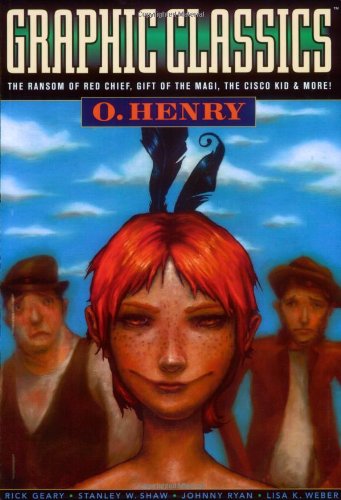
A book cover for Graphic Classics Volume 11: O. Henry (Graphic Classics (Eureka)); O. Henry; Comics & Graphic Novels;